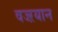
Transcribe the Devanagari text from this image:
वज्ऱयान